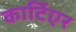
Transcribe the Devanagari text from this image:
कार्टिएर